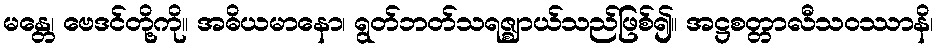
မန္တေ၊ ဗေဒင်တို့ကို။ အဓိယမာနော၊ ရွတ်ဘတ်သရဇ္ဈာယ်သည်ဖြစ်၍။ အဋ္ဌစတ္တာလီသဝဿာနိ၊